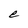
Character: e